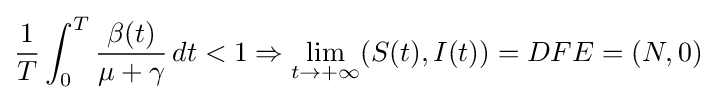
{\frac {1}{T}}\int _{0}^{T}{\frac {\beta (t)}{\mu +\gamma }}\,dt<1\Rightarrow \lim _{t\to +\infty }(S(t),I(t))=DFE=(N,0)